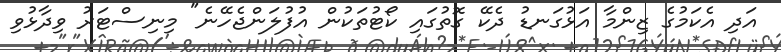
އަދި އެކަމުގެ ޒިންމާ އަޅުގަނޑު ދެކޭ ގޮތުގައި ކޯޓުތަކުން އުފުލަންޖެހޭނެ" މިނިސްޓަރު ވިދާޅުވި